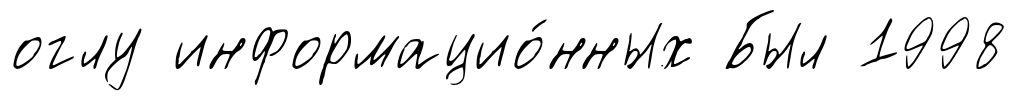
оглу информацио́нных Был 1998